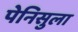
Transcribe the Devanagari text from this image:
पेनिसुला